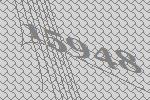
15948